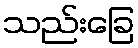
သည်းခြေ